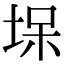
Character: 㙅